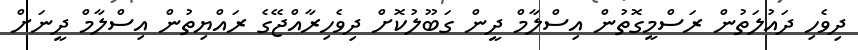
ދިވެހި ދައުލަތުން ރަސްމީގޮތުން އިސްލާމް ދީން ގަބޫލުކޮށް ދިވެހިރާއްޖޭގެ ރައްޔިތުން އިސްލާމް ދީނަށް